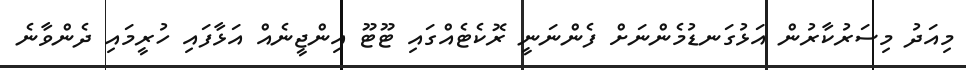
މިއަދު މިސަރުކާރުން އަޅުގަނޑުމެންނަށް ފެންނަނީ ރޮކެޓެއްގައި ޓޫޓޫ އިންޖީނެއް އަޅާފައި ހުރީމައި ދެންވާނެ